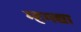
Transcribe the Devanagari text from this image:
म्हमद्या